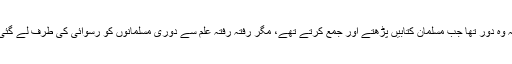
یہ وہ دور تھا جب مسلمان کتابیں پڑھتے اور جمع کرتے تھے، مگر رفتہ رفتہ علم سے دوری مسلمانوں کو رسوائی کی طرف لے گئی۔